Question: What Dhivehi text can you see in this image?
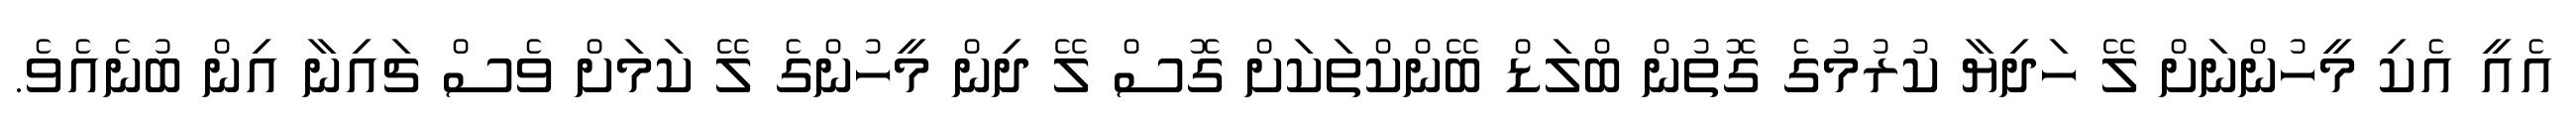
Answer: އެއީ އެކި މީހުންނަށް ލޭ ހަދިޔާ ކުރުމުގެ ގޮތުން ބްލަޑް ބޭންކްތަކަށް ގޮސް ލޭ ދިން މީހުންގެ ލޭ ކަމަށް ވެސް ޗައިނާ އިން ބުނެއެވެ.